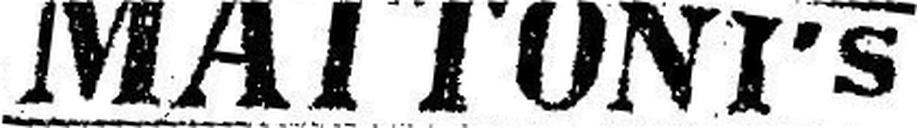
MATTONI'S